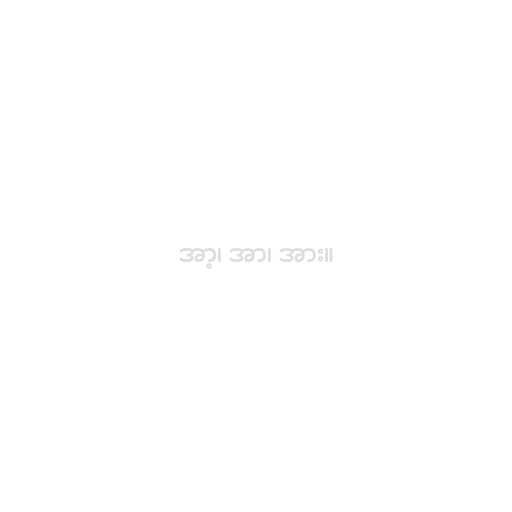
အာ့၊ အာ၊ အား။